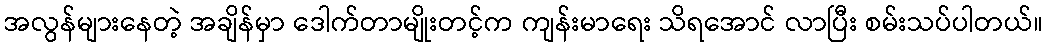
အလွန်များနေတဲ့ အချိန်မှာ ဒေါက်တာမျိုးတင့်က ကျန်းမာရေး သိရအောင် လာပြီး စမ်းသပ်ပါတယ်။